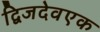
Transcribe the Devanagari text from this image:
द्विजदेवएक